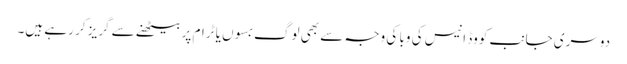
دوسری جانب کووڈ انیس کی وبا کی وجہ سے بھی لوگ بسوں یا ٹرام پر بیٹھنے سے گریز کر رہے ہیں۔